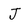
Character: J